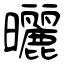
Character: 曬